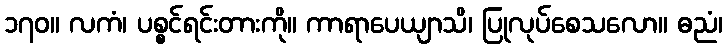
၁၇၀။ လကံ၊ ပစ္စင်ရင်းတားကို။ ကာရာပေယျာသိ၊ ပြုလုပ်စေသလော။ ဓညံ၊